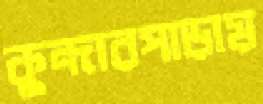
কুন্দারপাড়ায়